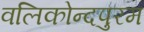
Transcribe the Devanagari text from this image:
वलिकोन्दपुरम